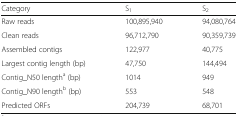
<table><thead><tr><td><b>Category</b></td><td><b>S<sub>1</sub></b></td><td><b>S<sub>2</sub></b></td></tr></thead><tbody><tr><td>Raw reads</td><td>100,895,940</td><td>94,080,764</td></tr><tr><td>Clean reads</td><td>96,712,790</td><td>90,359,739</td></tr><tr><td>Assembled contigs</td><td>122,977</td><td>40,775</td></tr><tr><td>Largest contig length (bp)</td><td>47,750</td><td>144,494</td></tr><tr><td>Contig_N50 length<sup>a</sup> (bp)</td><td>1014</td><td>949</td></tr><tr><td>Contig_N90 length<sup>b</sup> (bp)</td><td>553</td><td>548</td></tr><tr><td>Predicted ORFs</td><td>204,739</td><td>68,701</td></tr></tbody></table>